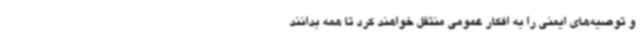
و توصیه‌های ایمنی را به افکار عمومی منتقل خواهند کرد تا همه بدانند